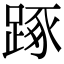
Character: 𨁿